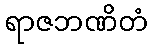
ရာဇဘဏိတံ